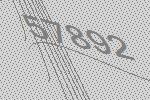
57892